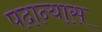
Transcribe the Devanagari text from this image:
पदान्यास